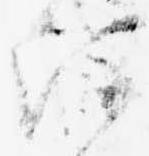
注